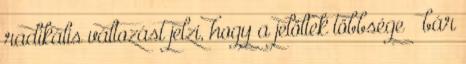
radikális változást jelzi, hogy a jelöltek többsége – bár